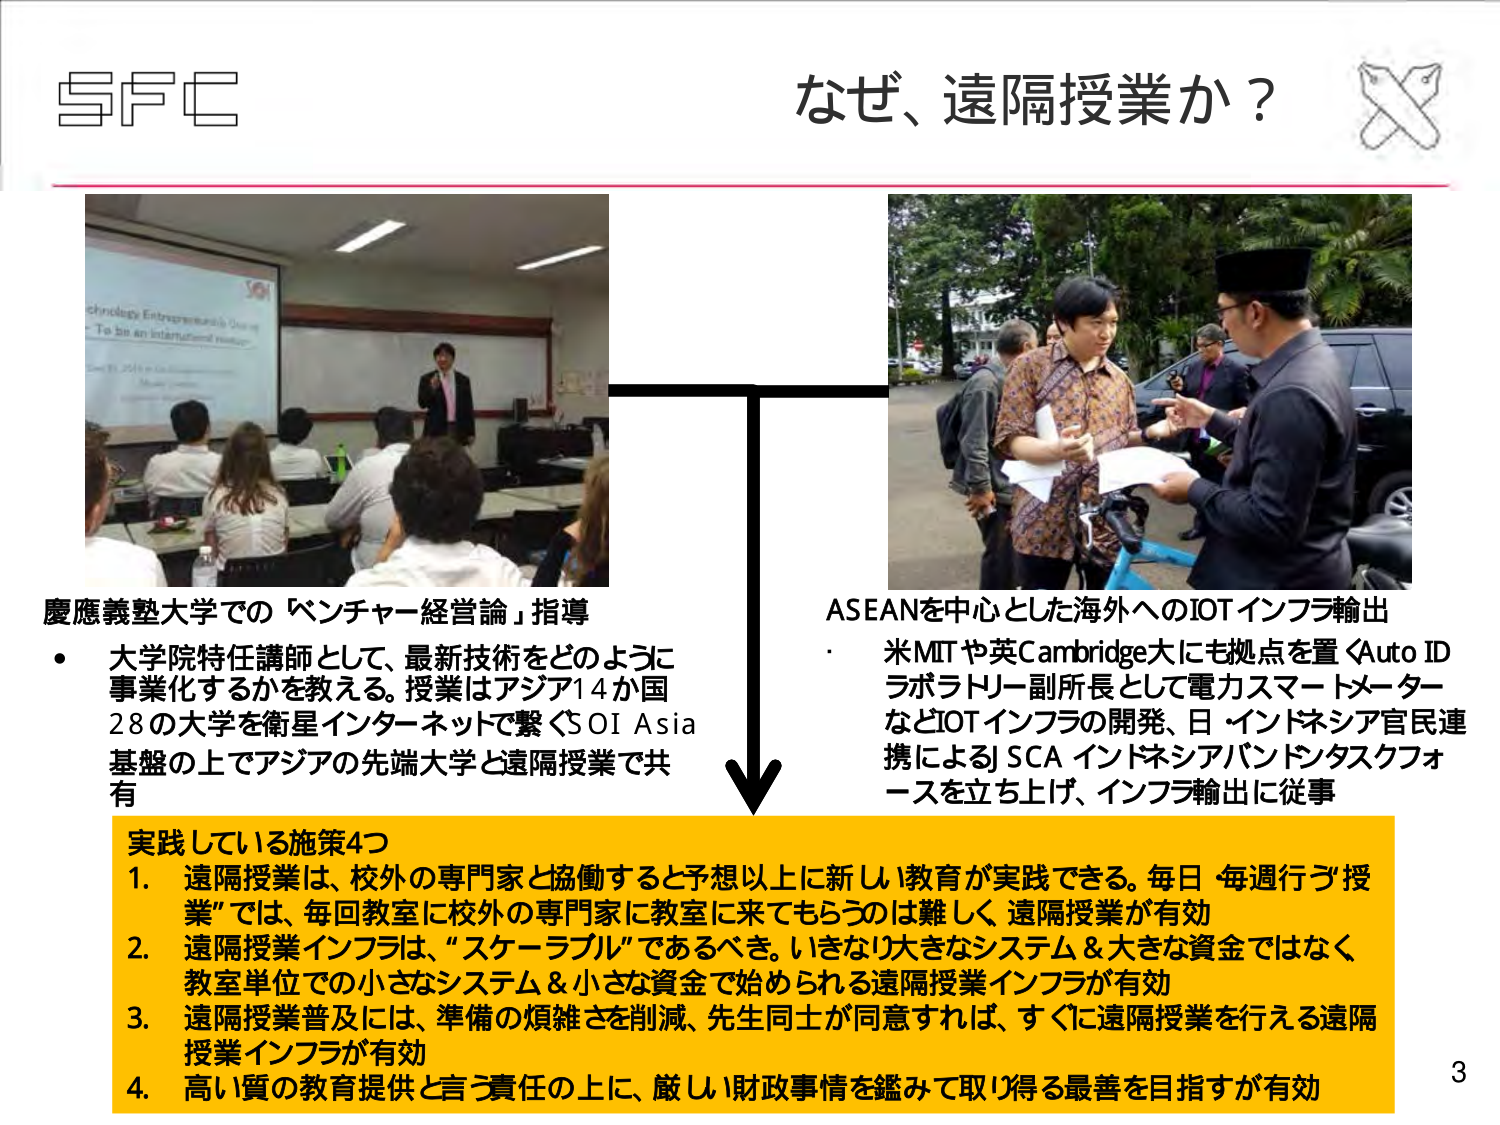
なぜ、遠隔授業か？

慶應義塾大学での「ベンチャー経営論」指導
・大学院特任講師として、最新技術をどのように事業化するかを教える。授業はアジア14か国28の大学を衛星インターネットで繋ぐSOI Asia基盤の上でアジアの先端大学と遠隔授業で共有

ASEANを中心とした海外へのIOTインフラ輸出
・米MITや英Cambridge大にも拠点を置くAuto IDラボラトリー副所長として電力スマートメーターなどIOTインフラの開発、日・インドネシア官民連携によるJ SCA インドネシアパントンタスクフォースを立ち上げ、インフラ輸出に従事

実践している施策4つ
1. 遠隔授業は、校外の専門家と協働すると予想以上に新しい教育が実践できる。毎日・毎週行う「授業」では、毎回教室に校外の専門家に教室に来てもらうのは難しく、遠隔授業が有効
2. 遠隔授業インフラは、「スケーラブル」であるべき。いきなり大きなシステム＆大きな資金ではなく、教室単位での小さなシステム＆小さな資金で始められる遠隔授業インフラが有効
3. 遠隔授業普及には、準備の煩雑さを削減、先生同士が同意すれば、すぐに遠隔授業を行える遠隔授業インフラが有効
4. 高い質の教育提供と言う責任の上に、厳しい財政事情を鑑みて取り得る最善を目指すが有効

3